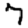
Digit: 7